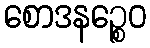
စောဒနဉ္စေဝ